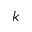
\boldsymbol { k }